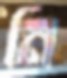
নি